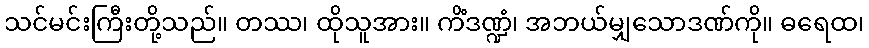
သင်မင်းကြီးတို့သည်။ တဿ၊ ထိုသူအား။ ကိံဒဏ္ဍံ၊ အဘယ်မျှသောဒဏ်ကို။ ဓရေထ၊